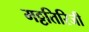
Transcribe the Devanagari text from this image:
मट्टतिरिजी